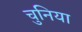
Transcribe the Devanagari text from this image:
चुनिया